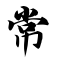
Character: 常